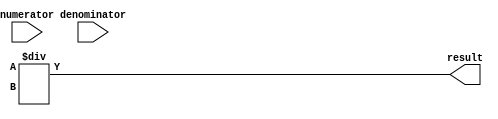
module FractionalDivider (
  input [15:0] numerator,
  input [15:0] denominator,
  output reg [15:0] result
);

reg [15:0] remainder;
wire [15:0] converted_numerator;
wire [15:0] converted_denominator;

// Convert input fractions to a common base
// Conversion logic not included in this code

// Division operation
always @* begin
  result = converted_numerator / converted_denominator;
  remainder = converted_numerator % converted_denominator;
end

// Handle overflow and underflow conditions
always @* begin
  if (result > 32767 || result < -32768) begin
    // Handle overflow condition
    $display("Overflow occurred");
    // Code to handle overflow condition
  end
  else if (result < 1 && result != 0) begin
    // Handle underflow condition
    $display("Underflow occurred");
    // Code to handle underflow condition
  end
end

endmodule